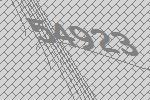
54923